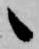
候